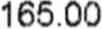
165.00